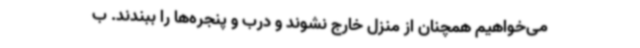
می‌خواهیم همچنان از منزل خارج نشوند و درب و پنجره‌ها را ببندند. ب